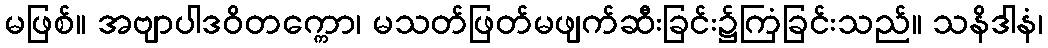
မဖြစ်။ အဗျာပါဒဝိတက္ကော၊ မသတ်ဖြတ်မဖျက်ဆီးခြင်း၌ကြံခြင်းသည်။ သနိဒါနံ၊